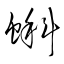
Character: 蝌